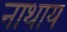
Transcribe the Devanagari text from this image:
नाथाय